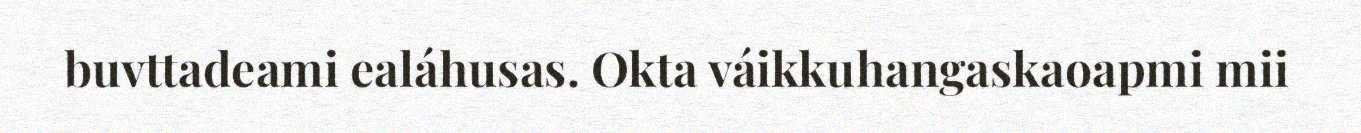
buvttadeami ealáhusas. Okta váikkuhangaskaoapmi mii